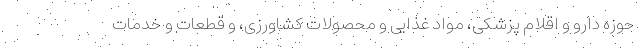
حوزه دارو و اقلام پزشکی، مواد غذایی و محصولات کشاورزی، و قطعات و خدمات